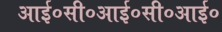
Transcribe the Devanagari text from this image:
आई०सी०आई०सी०आई०